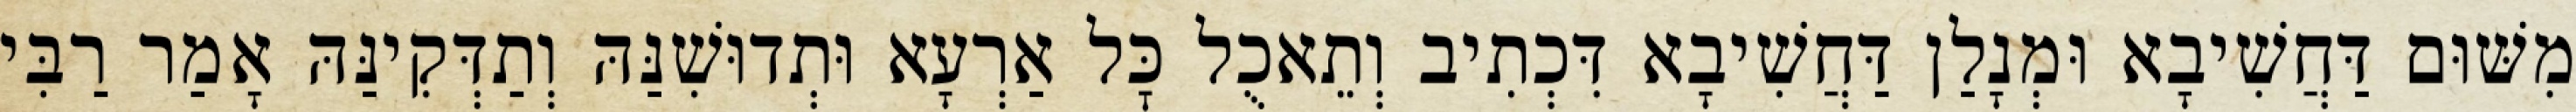
מִשּׁוּם דַּחֲשִׁיבָא וּמְנָלַן דַּחֲשִׁיבָא דִּכְתִיב וְתֵאכֻל כׇּל אַרְעָא וּתְדוּשִׁנַּהּ וְתַדְּקִינַּהּ אָמַר רַבִּי